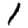
Digit: 1